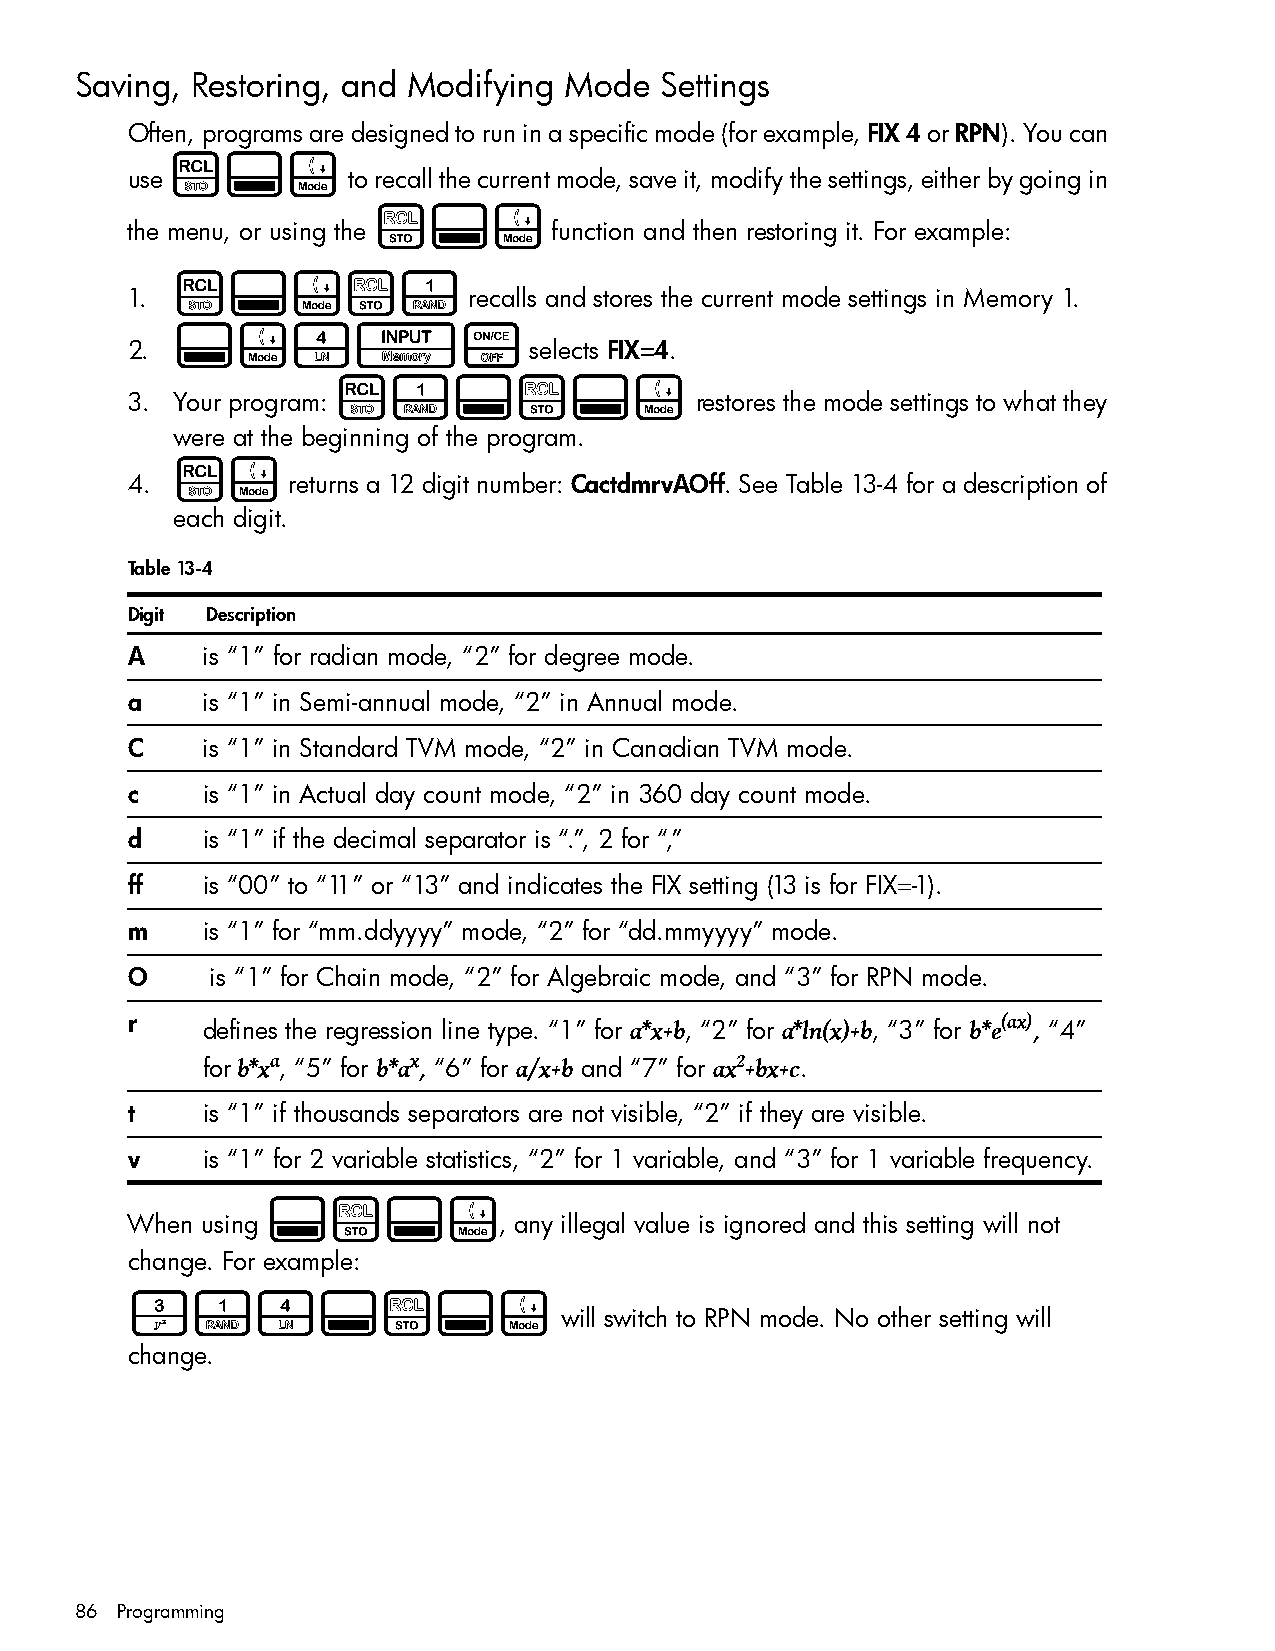
Saving, Restoring, and Modifying Mode  Settings
 Often, programs are designed to run in a specific mode (for example, FIX 4 or RPN). You can
 L:u
 use            to recall the current mode, save it, modify the settings, either by going in
 $:u
 the menu, or using the       function and then restoring it. For example:
 L:u$1
 1.                     recalls and stores the current mode settings in Memory 1.
 :u4IO
 2.                         selects FIX=4.
 L1:$:u
 3. Your program:                      restores the mode settings to what they
 were at the beginning of the program.
 Lu
 4.         returns a 12 digit number: CactdmrvAOff. See Table 13-4 for a description of
 each digit.
 Table 13-4
 Digit Description
 A    is “1” for radian mode, “2” for degree mode.
 a    is “1” in Semi-annual mode, “2” in Annual mode.
 C    is “1” in Standard TVM mode, “2” in Canadian TVM mode.
 c    is “1” in Actual day count mode, “2” in 360 day count mode.
 d    is “1” if the decimal separator is “.”, 2 for “,”
 ff   is “00” to “11” or “13” and indicates the FIX setting (13 is for FIX=-1).
 m    is “1” for “mm.ddyyyy” mode, “2” for “dd.mmyyyy” mode.
 O     is “1” for Chain mode, “2” for Algebraic mode, and “3” for RPN mode.
 r    defines the regression line type. “1” for a*x+b, “2” for a*ln(x)+b, “3” for b*e(ax), “4”
 for b*xa, “5” for b*ax, “6” for a/x+b and “7” for ax2 +bx+c.
 t    is “1” if thousands separators are not visible, “2” if they are visible.
 v    is “1” for 2 variable statistics, “2” for 1 variable, and “3” for 1 variable frequency.
 :$:u
 When using               , any illegal value is ignored and this setting will not
 change. For example:
 314:$:u
 will switch to RPN mode. No other setting will
 change.
 86 Programming